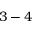
3 - 4